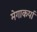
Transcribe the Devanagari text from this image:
मेगाकर्पा